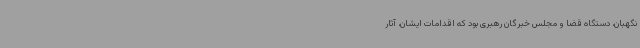
نگهبان، دستگاه قضا و مجلس خبرگان رهبری بود که اقدامات ایشان، آثار